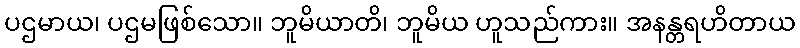
ပဌမာယ၊ ပဌမဖြစ်သော။ ဘူမိယာတိ၊ ဘူမိယ ဟူသည်ကား။ အနန္တရဟိတာယ